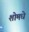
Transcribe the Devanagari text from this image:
शोमधे